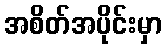
အစိတ်အပိုင်းမှာ